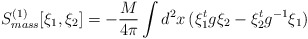
\begin{align*}S_{mass}^{(1)} [\xi_1,\xi_2] = - \frac{M}{4\pi} \int d^2x \, ( \xi_1^t g\xi_2 - \xi_2^t g^{-1} \xi_1)\end{align*}